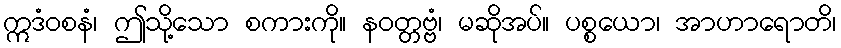
ဣဒံဝစနံ၊ ဤသို့သော စကားကို။ နဝတ္တဗ္ဗံ၊ မဆိုအပ်။ ပစ္စယော၊ အာဟာရောတိ၊